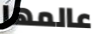
عالمها